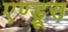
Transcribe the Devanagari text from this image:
एण्ड्रूस